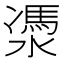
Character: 㵗